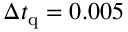
\Delta t _ { \mathrm { q } } = 0 . 0 0 5